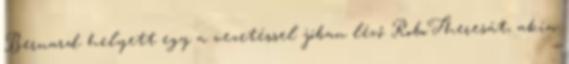
Bernard helyett egy a vezetéssel jóban lévő RoboTheresát, akin